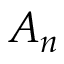
A _ { n }